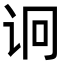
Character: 诇